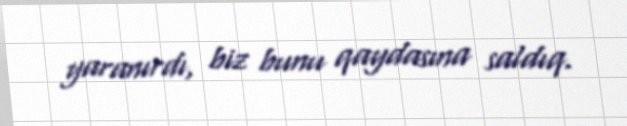
yaranırdı, biz bunu qaydasına saldıq.